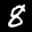
Label: 8